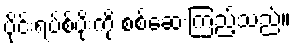
ဗိုင်းရပ်စ်ပိုးကို စစ်ဆေးကြည့်သည်။